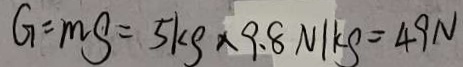
G = m g = 5 k g \times 9 . 8 N / k g = 4 9 N